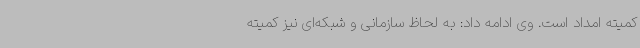
کمیته امداد است. وی ادامه داد: به لحاظ سازمانی و شبکه‌ای نیز کمیته